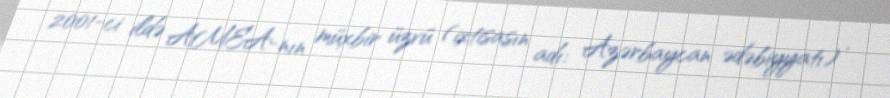
2001-ci ildə AMEA-nın müxbir üzvü (ixtisasın adı: Azərbaycan ədəbiyyatı) ,